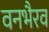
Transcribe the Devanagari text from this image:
वनभैरव